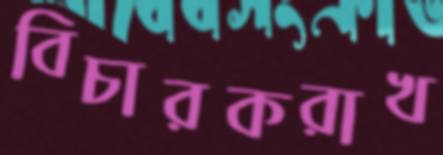
বিচারকরাখ